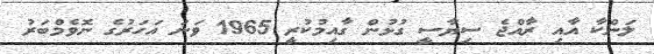
ލަންކާ އާއި ރާއްޖެ ސިޔާސީ ގުޅުން ގާއިމުކުރީ 1965 ވަނަ އަހަރުގެ ނޮވެމްބަރު